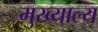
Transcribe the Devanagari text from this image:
मुख्याल्य